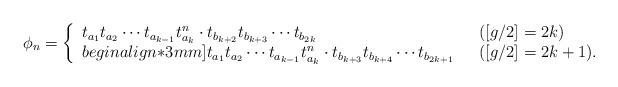
LaTeX: \begin{align*}\phi_n= \left\{ \begin{array}{llll} \displaystyle t_{a_1}t_{a_2}\cdots t_{a_{k-1}}t_{a_k}^n \cdot t_{b_{k+2}}t_{b_{k+3}}\cdots t_{b_{2k}} & \ \ ([g/2]=2k) \\begin{align*}3mm] \displaystyle t_{a_1}t_{a_2}\cdots t_{a_{k-1}}t_{a_k}^n \cdot t_{b_{k+3}}t_{b_{k+4}}\cdots t_{b_{2k+1}} & \ \ ([g/2]=2k+1). \end{array} \right.\end{align*}